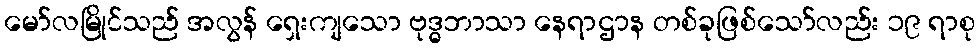
မော်လမြိုင်သည် အလွန် ရှေးကျသော ဗုဒ္ဓဘာသာ နေရာဌာန တစ်ခုဖြစ်သော်လည်း ၁၉ ရာစု